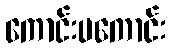
ကောင်းမကောင်း